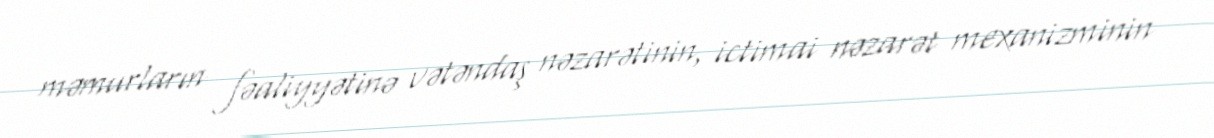
məmurların fəaliyyətinə vətəndaş nəzarətinin, ictimai nəzarət mexanizminin